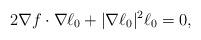
LaTeX: \begin{align*} 2 \nabla f \cdot \nabla \ell_{0} + \vert \nabla \ell_{0} \vert^{2} \ell_{0} = 0 ,\end{align*}